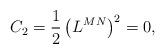
LaTeX: \begin{align*}C_2=\frac 12\left( L^{MN}\right) ^2=0, \end{align*}